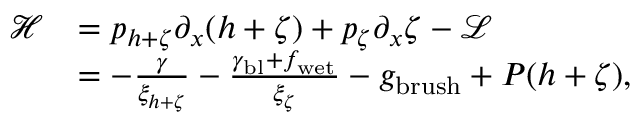
\begin{array} { r l } { \mathcal { H } } & { = p _ { h + \zeta } \partial _ { x } ( h + \zeta ) + p _ { \zeta } \partial _ { x } \zeta - \mathcal { L } } \\ & { = - \frac { \gamma } { \xi _ { h + \zeta } } - \frac { \gamma _ { \mathrm { b l } } + f _ { \mathrm { w e t } } } { \xi _ { \zeta } } - g _ { \mathrm { b r u s h } } + P ( h + \zeta ) , } \end{array}